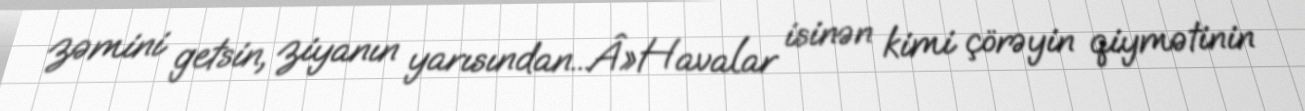
zəmini getsin, ziyanın yarısından...Â»Havalar isinən kimi çörəyin qiymətinin